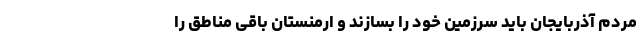
مردم آذربایجان باید سرزمین خود را بسازند و ارمنستان باقی مناطق را